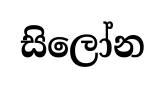
සිලෝන